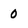
Character: 0